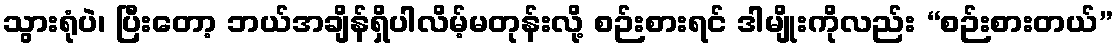
သွားရုံပဲ၊ ပြီးတော့ ဘယ်အချိန်ရှိပါလိမ့်မတုန်းလို့ စဉ်းစားရင် ဒါမျိုးကိုလည်း “စဉ်းစားတယ်”